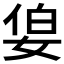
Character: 𪥷